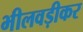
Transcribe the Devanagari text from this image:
भीलवड़ीकर